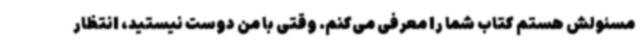
مسئولش هستم کتاب شما را معرفی می‌کنم. وقتی با من دوست نیستید، انتظار